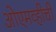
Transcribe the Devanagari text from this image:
ओएमव्हीची